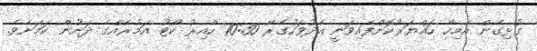
ގުޅިގެން އެމިހާ ހައްޔަރުކޮށްފައިވަނީ އެދުވަހުގެރޭ 10:30 ހާއިރު ކޯޓު އަމުރެއްގެ ދަށުން ކަމަށެވެ.